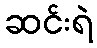
ဆင်းရဲ